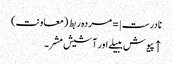
نادرست |=مردہ ربط (معاونت)
↑ پیوش ببیلے اور آشیش مشر۔